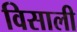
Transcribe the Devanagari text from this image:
विसाली